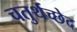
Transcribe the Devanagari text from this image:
चतुर्थच्छेद